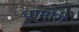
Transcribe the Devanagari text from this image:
धामोरी